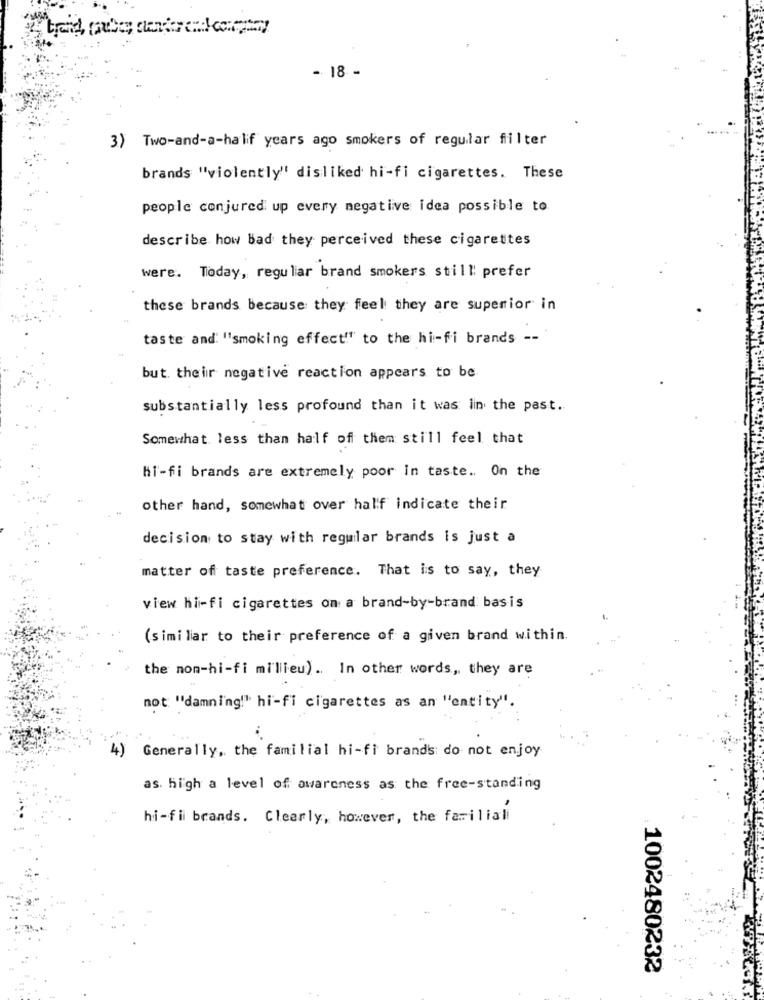
- 18 -
3) Two-and-a-half years ago smokers of regular filter
brands "violently" disliked hi-fi cigarettes. These
people conjured up every negative idea possible to.
describe how Bad they perceived these cigarettes
were. Today, regular brand smokers still prefer
these brands because they feel they are superior in
taste and: "smoking effect"" to the hi-fi brands --
but their negative reaction appears to be
substantially less profound than it was in the past.
Somewhat less than half of them still feel that
hi-fi brands are extremely poor in taste. On the
other hand, somewhat over half indicate their
decision to stay with regular brands is just a
matter of taste preference. That is to say, they
view hi-fi cigarettes on a brand-by-brand basis
(similar to their preference of a given brand within.
the non-hi-fi millieu) .. In other words, they are
not "damning!" hi-fi cigarettes as an "entity".
4) Generally, the familial hi-fi brands do not enjoy
as. high a level of awareness as the free-standing
hi-fi brands. Clearly, however, the familiali
1002480232